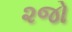
૨જો